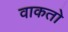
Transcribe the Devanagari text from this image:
वाकतो